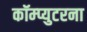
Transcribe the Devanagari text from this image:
कॉम्प्युटरना